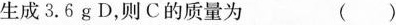
生成3.6g D，则C的质量为 ()